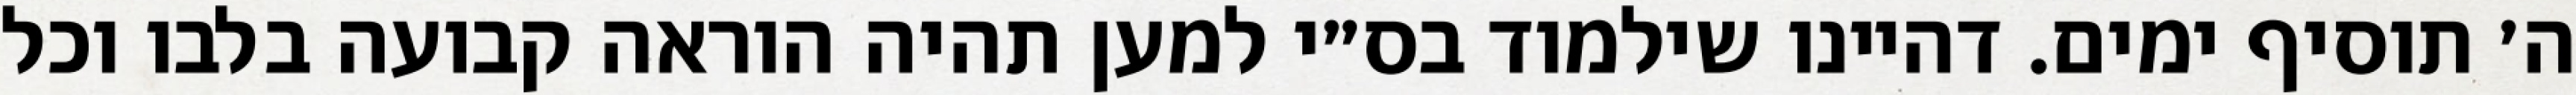
ה׳ תוסיף ימים. דהיינו שילמוד בס״י למען תהיה הוראה קבועה בלבו וכל